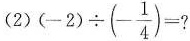
(2) $$(-2) \div (- \frac{1}{4})=?$$